Lunatic asylums United Provinces 1899-1908 - 1899-1908
Year: 1899
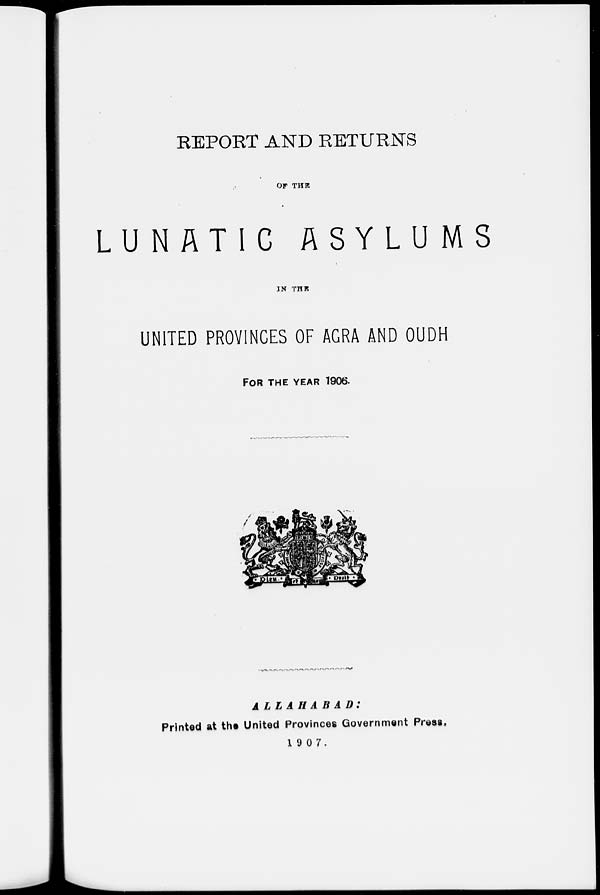
REPORT AND RETURNS
OF THE
LUNATIC
ASYLUMS
IN THE
UNITED PROVINCES OF AGRA AND OUDH
FOR THE YEAR 1906.
ALLAHABAD:
Printed at the United Provinces Government Press,
1907.